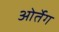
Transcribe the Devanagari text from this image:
ओर्तेग